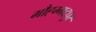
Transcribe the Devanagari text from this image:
मौह्म्मदपुर